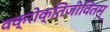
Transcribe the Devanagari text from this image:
वक्रोक्तिजीवितम्